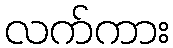
လက်ကား